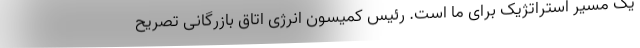
یک مسیر استراتژیک برای ما است. رئیس کمیسون انرژی اتاق بازرگانی تصریح